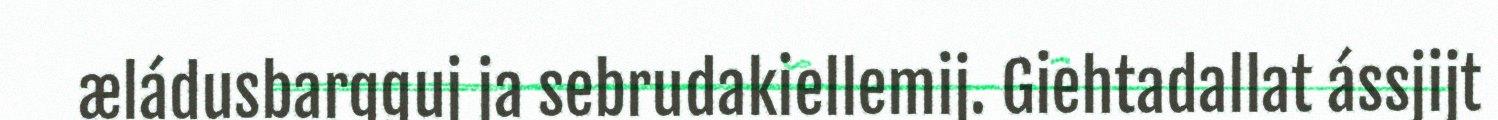
æládusbargguj ja sebrudakiellemij. Giehtadallat ássjijt